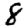
Digit: 8